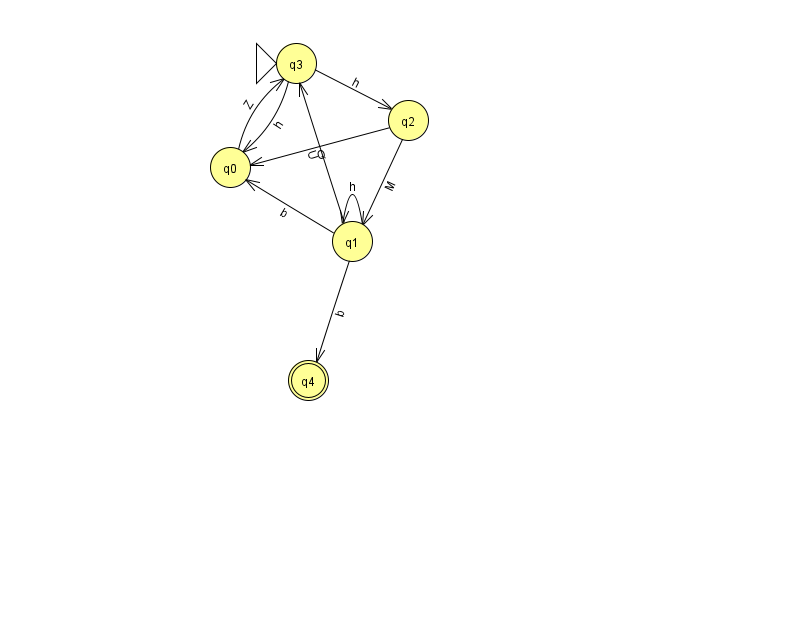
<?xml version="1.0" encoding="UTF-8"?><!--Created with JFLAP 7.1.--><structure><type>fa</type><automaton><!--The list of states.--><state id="0" name="q0"><x>230.0</x><y>154.0</y></state><state id="1" name="q1"><x>352.0</x><y>228.0</y></state><state id="2" name="q2"><x>408.0</x><y>107.0</y></state><state id="3" name="q3"><x>296.0</x><y>50.0</y><initial/></state><state id="4" name="q4"><x>308.0</x><y>367.0</y><final/></state><!--The list of transitions.--><transition><from>1</from><to>4</to><read>b</read></transition><transition><from>1</from><to>0</to><read>b</read></transition><transition><from>1</from><to>3</to><read>U</read></transition><transition><from>2</from><to>0</to><read>Q</read></transition><transition><from>1</from><to>1</to><read>h</read></transition><transition><from>3</from><to>2</to><read>h</read></transition><transition><from>0</from><to>3</to><read>Z</read></transition><transition><from>2</from><to>1</to><read>M</read></transition><transition><from>3</from><to>0</to><read>h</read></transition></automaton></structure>